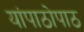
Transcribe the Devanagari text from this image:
यांपाठोपाठ